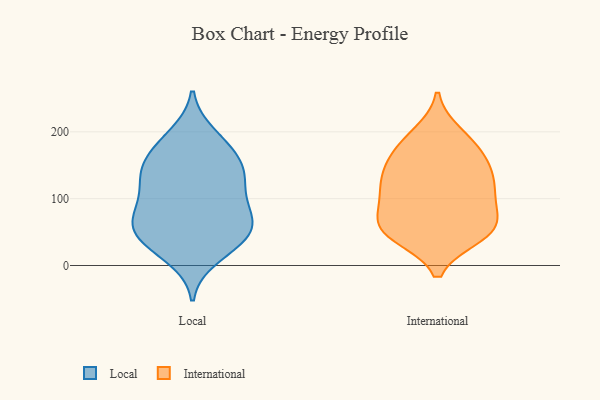
{"axis": {"x": "Energy Usage (MWh)", "y": "Value"}, "legend": ["International", "Local"], "data": [{"x": "", "y": 147, "type": "Local"}, {"x": "", "y": 136, "type": "Local"}, {"x": "", "y": 143, "type": "Local"}, {"x": "", "y": 13, "type": "Local"}, {"x": "", "y": 56, "type": "Local"}, {"x": "", "y": 37, "type": "Local"}, {"x": "", "y": 179, "type": "Local"}, {"x": "", "y": 127, "type": "Local"}, {"x": "", "y": 37, "type": "Local"}, {"x": "", "y": 103, "type": "Local"}, {"x": "", "y": 96, "type": "Local"}, {"x": "", "y": 179, "type": "Local"}, {"x": "", "y": 71, "type": "Local"}, {"x": "", "y": 58, "type": "Local"}, {"x": "", "y": 144, "type": "Local"}, {"x": "", "y": 36, "type": "Local"}, {"x": "", "y": 195, "type": "Local"}, {"x": "", "y": 80, "type": "Local"}, {"x": "", "y": 64, "type": "Local"}, {"x": "", "y": 175, "type": "International"}, {"x": "", "y": 135, "type": "International"}, {"x": "", "y": 45, "type": "International"}, {"x": "", "y": 56, "type": "International"}, {"x": "", "y": 155, "type": "International"}, {"x": "", "y": 106, "type": "International"}, {"x": "", "y": 93, "type": "International"}, {"x": "", "y": 116, "type": "International"}, {"x": "", "y": 52, "type": "International"}, {"x": "", "y": 185, "type": "International"}, {"x": "", "y": 197, "type": "International"}, {"x": "", "y": 99, "type": "International"}, {"x": "", "y": 54, "type": "International"}, {"x": "", "y": 51, "type": "International"}, {"x": "", "y": 131, "type": "International"}, {"x": "", "y": 150, "type": "International"}, {"x": "", "y": 61, "type": "International"}]}